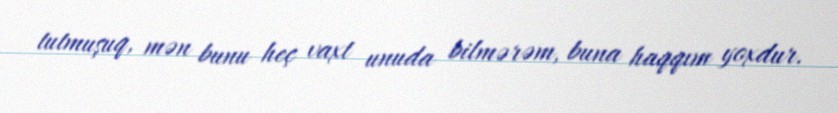
tutmuşuq, mən bunu heç vaxt unuda bilmərəm, buna haqqım yoxdur.